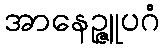
အာနေဉ္ဇူပဂံ